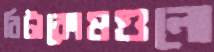
বিটাকোষগুলো